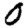
Digit: 0